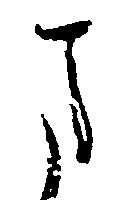
ま